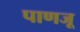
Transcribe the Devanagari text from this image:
पाणजू